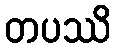
တပဿိ